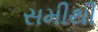
સમીથી